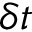
\delta t